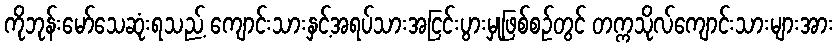
ကိုဘုန်းမော်သေဆုံးရသည့် ကျောင်းသားနှင့်အရပ်သားအငြင်းပွားမှုဖြစ်စဉ်တွင် တက္ကသိုလ်ကျောင်းသားများအား